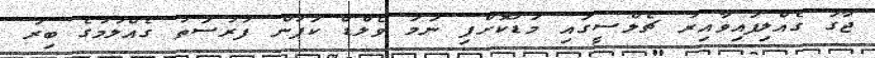
ޖާގަ ގެއްލިފައިވާއިރު ޗެލްސީގައި މަޑުކޮށްފި ނަމަ ވޯލްޑް ކަޕުން ފުރުސަތު ގެއްލުމުގެ ބިރު